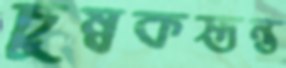
চুম্বকস্তম্ভ